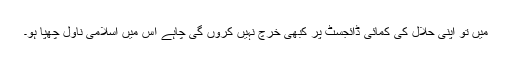
میں تو اپنی حلال کی کمائی ڈائجسٹ پر کبھی خرچ نہیں کروں گی چاہے اس میں اسلامی ناول چھپا ہو۔